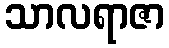
သာလရာဇာ